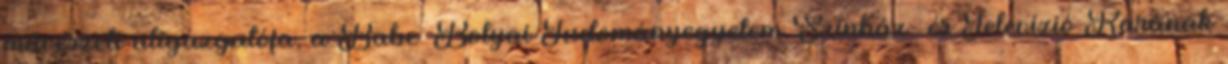
művészeti aligazgatója, a Babeș–Bolyai Tudományegyetem Színház- és Televízió Karának